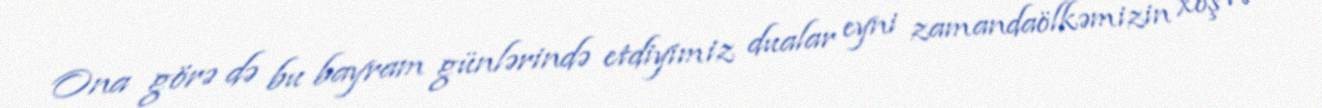
Ona görə də bu bayram günlərində etdiyimiz dualar eyni zamandaölkəmizin xoş və